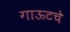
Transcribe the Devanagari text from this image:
गाऊटचे